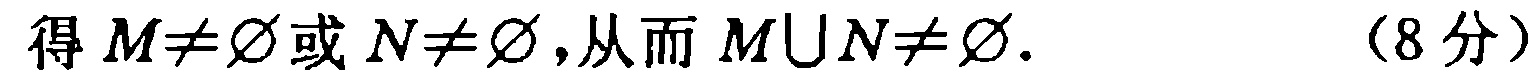
得 \(M\neq\varnothing\) 或 \(N\neq\varnothing\)，从而 \(M\cup N\neq\varnothing\).  （8分）